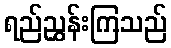
ရည်ညွှန်းကြသည်